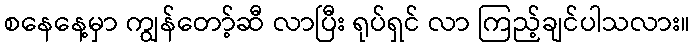
စနေနေ့မှာ ကျွန်တော့်ဆီ လာပြီး ရုပ်ရှင် လာ ကြည့်ချင်ပါသလား။